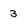
Character: 3